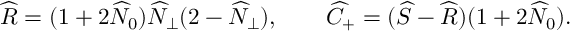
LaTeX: \widehat { \cal R } = ( 1 + 2 \widehat { \cal N } _ { 0 } ) \widehat { \cal N } _ { \perp } ( 2 - \widehat { \cal N } _ { \perp } ) , \qquad \widehat { \cal C } _ { + } = ( \widehat { \cal S } - \widehat { \cal R } ) ( 1 + 2 \widehat { \cal N } _ { 0 } ) .